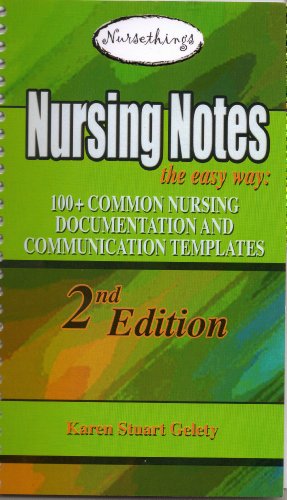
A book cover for Nursing Notes the Easy Way: 100+ Common Nursing Documentation and Communication Templates; Karen Stuart Gelety; Medical Books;